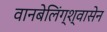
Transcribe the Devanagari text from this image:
वानबेलिंग्श्वासेन